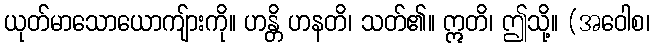
ယုတ်မာသောယောကျ်ားကို။ ဟန္တိ ဟနတိ၊ သတ်၏။ ဣတိ၊ ဤသို့။ (အဝေါစ၊